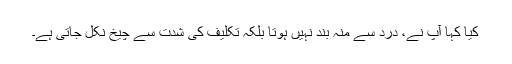
کیا کہا آپ نے، درد سے منہ بند نہیں ہوتا بلکہ تکلیف کی شدت سے چیخ نکل جاتی ہے۔